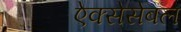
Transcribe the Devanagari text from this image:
ऐक्सेसेबल